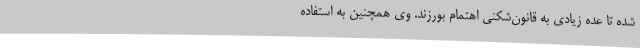
شده تا عده زیادی به قانون‌شکنی اهتمام بورزند. وی همچنین به استفاده